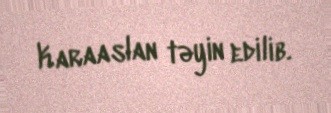
Karaaslan təyin edilib.